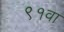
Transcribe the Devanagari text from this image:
९१वा